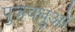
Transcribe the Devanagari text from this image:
पुत्रवधुओं